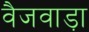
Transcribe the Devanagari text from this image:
वैजवाड़ा